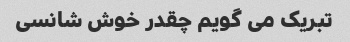
تبریک می گویم چقدر خوش شانسی